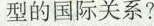
型的国际关系?